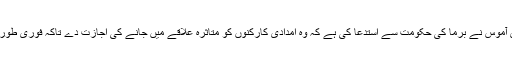
اقوامِ متحدہ کی فلاحی کاموں کی سربراہ ویلری آموس نے برما کی حکومت سے استدعا کی ہے کہ وہ امدادی کارکنوں کو متاثرہ علاقے میں جانے کی اجازت دے تاکہ فوری طور پر اس واقعے کی تحقیق شروع کی جا سکے۔